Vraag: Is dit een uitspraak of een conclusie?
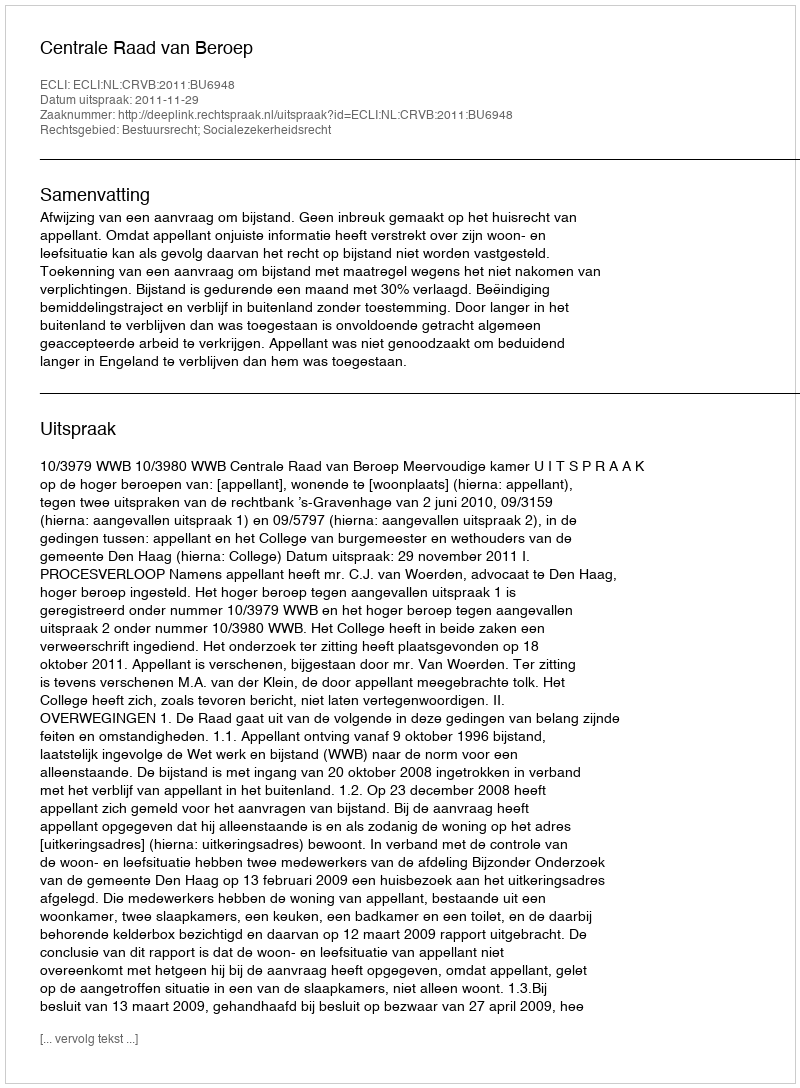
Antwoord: Uitspraak